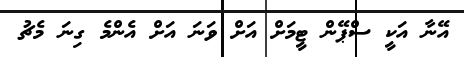
އޭނާ އަކީ ސްޕޭން ޓީމަށް އަށް ވަނަ އަށް އެންމެ ގިނަ މެޗު